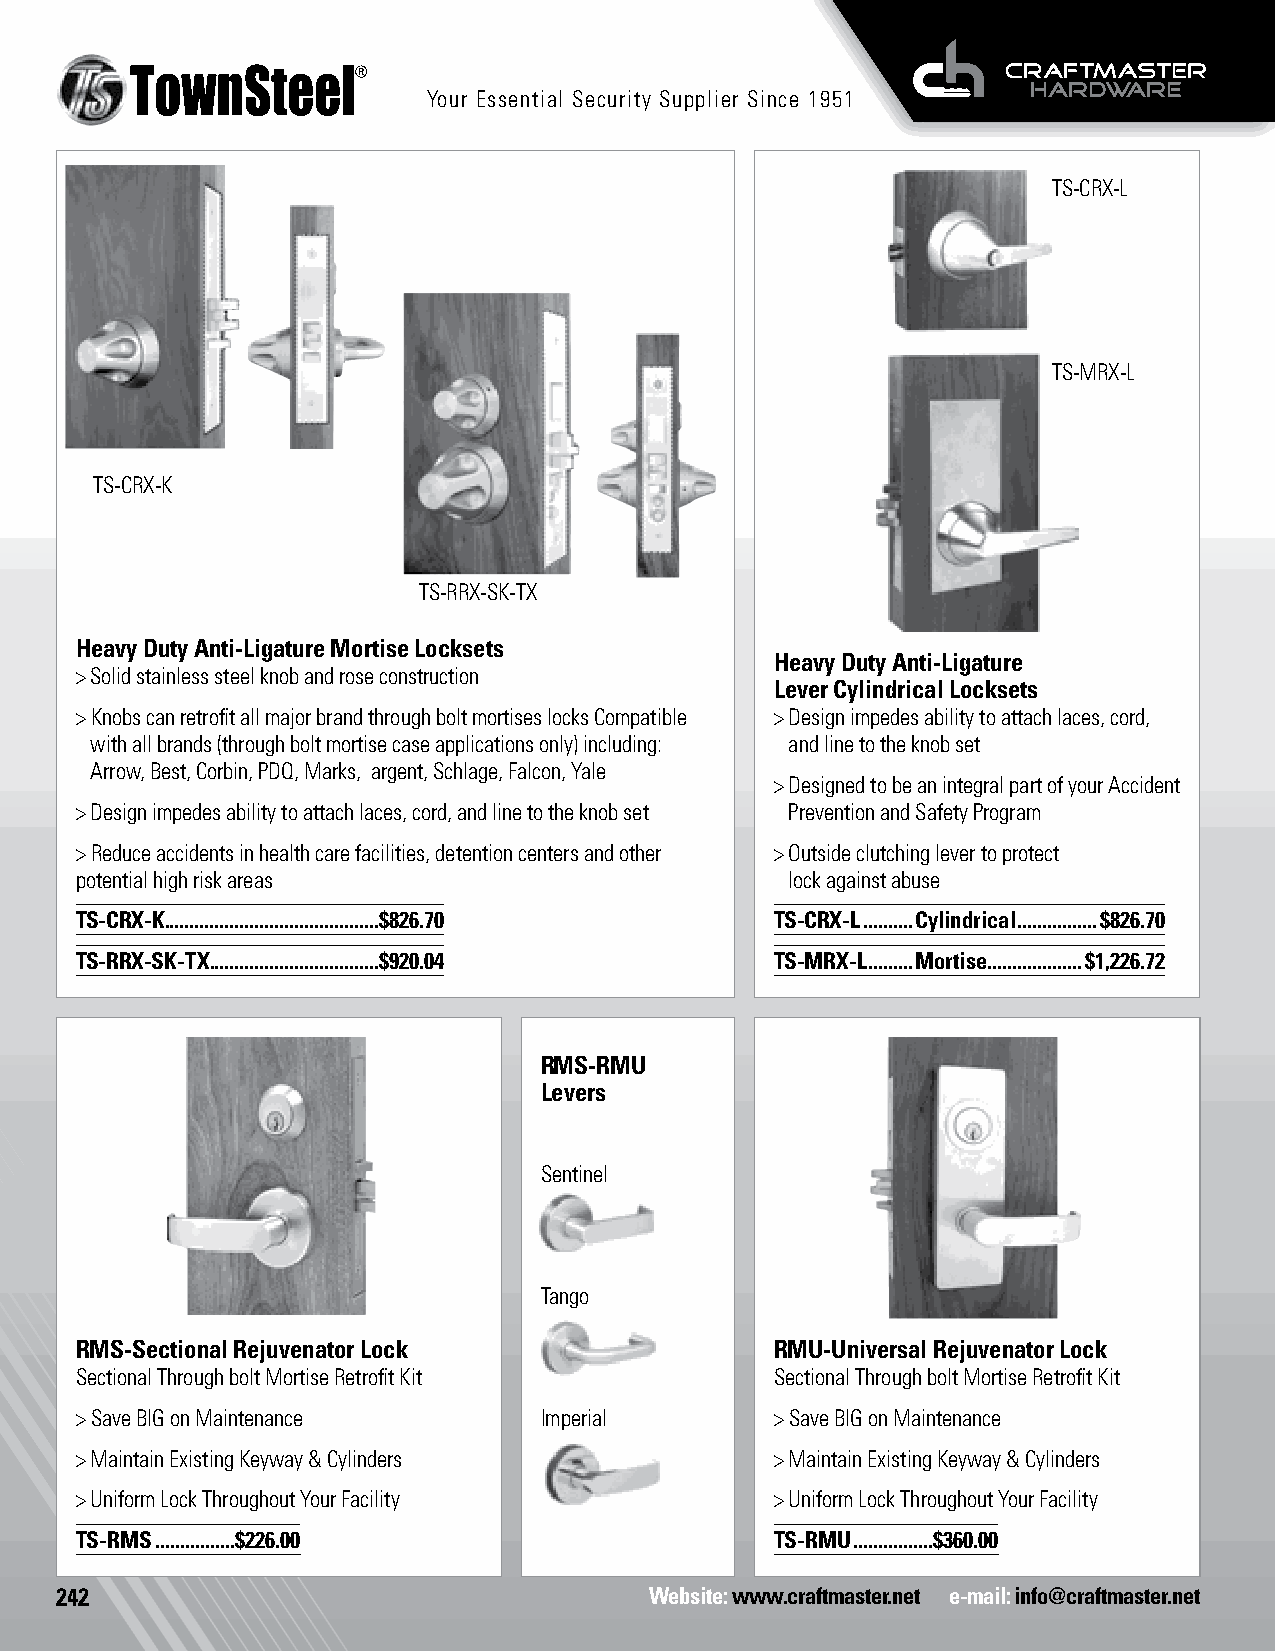
Your Essential Security Supplier Since 1951
 TS-CRX-L
 TS-MRX-L
 TS-CRX-K
 TS-RRX-SK-TX
 Life Safety
 Heavy Duty Anti-Ligature Mortise Locksets Life Safety
 Heavy Duty Anti-Ligature
 > Solid stainless steel knob and rose construction
 Lever Cylindrical Locksets
 > Knobs can retrofit all major brand through bolt mortises locks Compatible > Design impedes ability to attach laces, cord,
 with all brands (through bolt mortise case applications only) including: and line to the knob set
 Arrow, Best, Corbin, PDQ, Marks, argent, Schlage, Falcon, Yale
 > Designed to be an integral part of your Accident
 > Design impedes ability to attach laces, cord, and line to the knob set Prevention and Safety Program
 > Reduce accidents in health care facilities, detention centers and other > Outside clutching lever to protect
 potential high risk areas                      lock against abuse
 TS-CRX-K...........................................$826.70 TS-CRX-L ..........Cylindrical ................$826.70
 TS-RRX-SK-TX ..................................$920.04 TS-MRX-L .........Mortise ...................$1,226.72
 RMS-RMU
 Levers
 Sentinel
 Tango
 RMS-Sectional Rejuvenator Lock                RMU-Universal Rejuvenator Lock
 Sectional Through bolt Mortise Retrofit Kit   Sectional Through bolt Mortise Retrofit Kit
 > Save BIG on Maintenance      Imperial       > Save BIG on Maintenance
 > Maintain Existing Keyway & Cylinders        > Maintain Existing Keyway & Cylinders
 > Uniform Lock Throughout Your Facility       > Uniform Lock Throughout Your Facility
 TS-RMS ................$226.00                TS-RMU ................$360.00
 242                                    Website: www.craftmaster.net e-mail: info@craftmaster.net